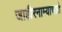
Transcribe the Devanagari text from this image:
जाहीरनाम्याचाते